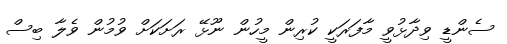
ސެންޑީ ވިދާޅުވީ މާފަރަކީ ކުރިން މީހުން ނޫޅޭ ރަށަކަށް ވުމުން ވެލާ ބިސް